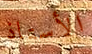
الأستاذ